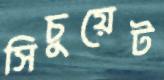
সিচুয়েট